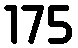
175